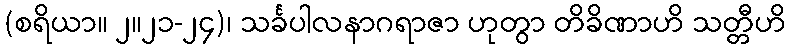
(စရိယာ။ ၂။၂၁-၂၄)၊ သင်္ခပါလနာဂရာဇာ ဟုတွာ တိခိဏာဟိ သတ္တီဟိ